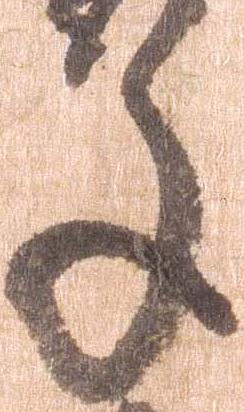
年